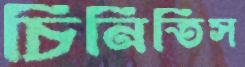
চিনিতিস